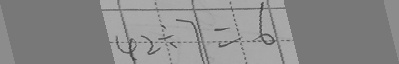
4 2 \div 7 = 6